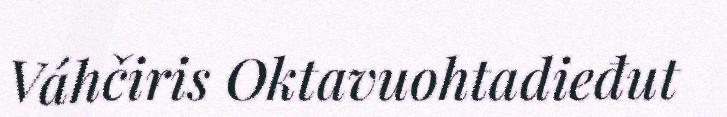
Váhčiris Oktavuohtadieđut